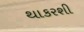
થાકરશી